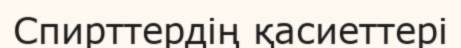
Спирттердің қасиеттері